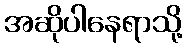
အဆိုပါနေရာသို့